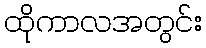
ထိုကာလအတွင်း